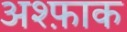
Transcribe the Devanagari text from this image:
अश्फ़ाक